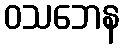
ဝသဘေန